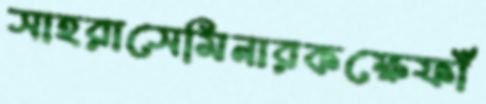
সাহরাসেমিনারকক্ষেফাঁ